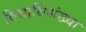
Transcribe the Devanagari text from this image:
विद्यार्थिसंख्या